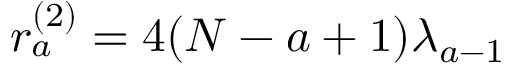
r _ { a } ^ { ( 2 ) } = 4 ( N - a + 1 ) \lambda _ { a - 1 }